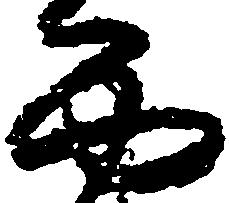
西